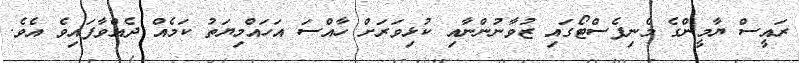
ރައީސް ޔާމީންގެ މެނިފެސްޓޯގައި ޒުވާނުންނާއި ކުޅިވަރަށް ހާއްސަ އަހައްމިޔަތު ކަމެއް ދެއްވާފައިވެ އެވެ.